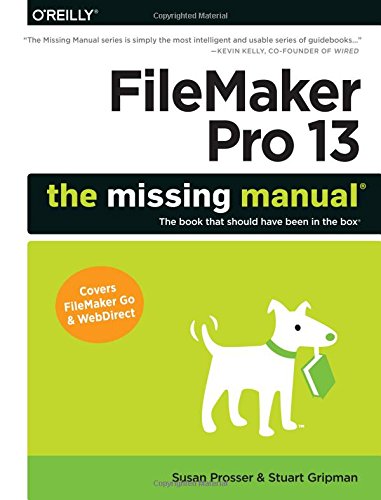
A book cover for FileMaker Pro 13: The Missing Manual (Missing Manuals); Susan Prosser; Computers & Technology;